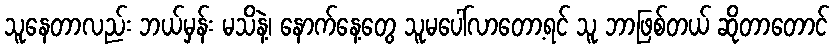
သူနေတာလည်း ဘယ်မှန်း မသိနဲ့၊ နောက်နေ့တွေ သူမပေါ်လာတော့ရင် သူ ဘာဖြစ်တယ် ဆိုတာတောင်